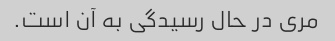
مری در حال رسیدگی به آن است.